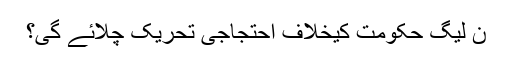
ن لیگ حکومت کیخلاف احتجاجی تحریک چلائے گی؟